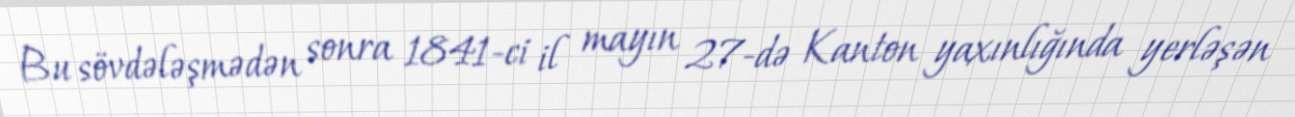
Bu sövdələşmədən sonra 1841-ci il mayın 27-də Kanton yaxınlığında yerləşən